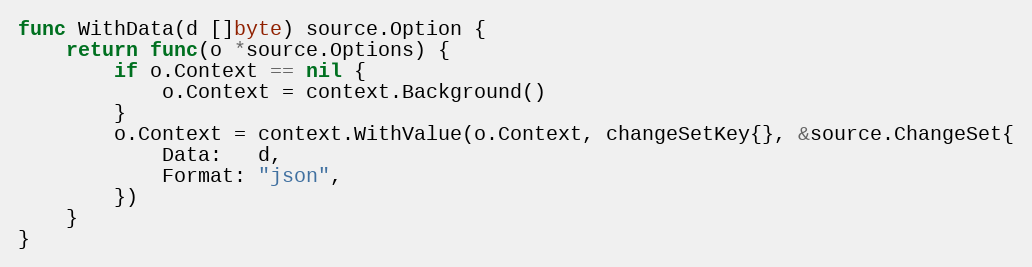
Language: Go
func WithData(d []byte) source.Option {
	return func(o *source.Options) {
		if o.Context == nil {
			o.Context = context.Background()
		}
		o.Context = context.WithValue(o.Context, changeSetKey{}, &source.ChangeSet{
			Data:   d,
			Format: "json",
		})
	}
}